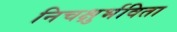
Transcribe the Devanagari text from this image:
निचक्षुर्भविता